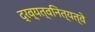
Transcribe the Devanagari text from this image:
द्रव्यत्वनित्यत्वे